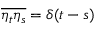
\overline { { \eta _ { t } \eta _ { s } } } = \delta ( t - s )